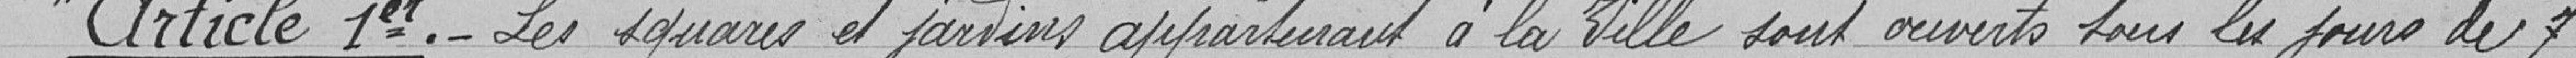
"Article Premier.- Les squares et jardins appartenant à la ville sont ouverts tous les jours de 7